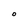
Character: 0